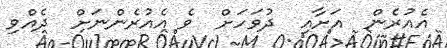
އެއުރެން  އަށާއި  ދުވަހަށް  ވެ އެއުރެންނަށް  ދެއްވި